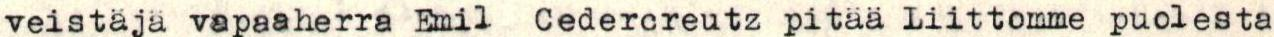
veistäjä vapaaherra Emil Cedercreutz pitää Liittomme puolesta